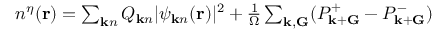
\begin{array} { r } { n ^ { \eta } ( { \bf r } ) = \sum _ { { \bf k } n } Q _ { { \bf k } n } | \psi _ { { \bf k } n } ( { \bf r } ) | ^ { 2 } + \frac { 1 } { \Omega } \sum _ { { \bf k } , { \bf G } } ( P _ { { \bf k } + { \bf G } } ^ { + } - P _ { { \bf k } + { \bf G } } ^ { - } ) ~ ~ ~ ~ ~ ~ } \end{array}